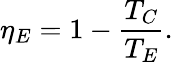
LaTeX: \eta_{E}=1-\frac{T_{C}}{T_{E}}.